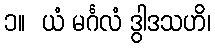
၁။  ယံ မင်္ဂလံ ဒွါဒသဟိ၊